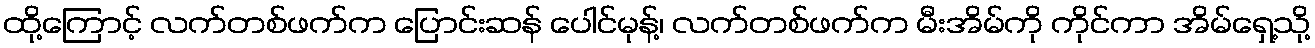
ထို့ကြောင့် လက်တစ်ဖက်က ပြောင်းဆန် ပေါင်မုန့်၊ လက်တစ်ဖက်က မီးအိမ်ကို ကိုင်ကာ အိမ်ရှေ့သို့